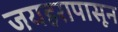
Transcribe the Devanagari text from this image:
जयहरापासून